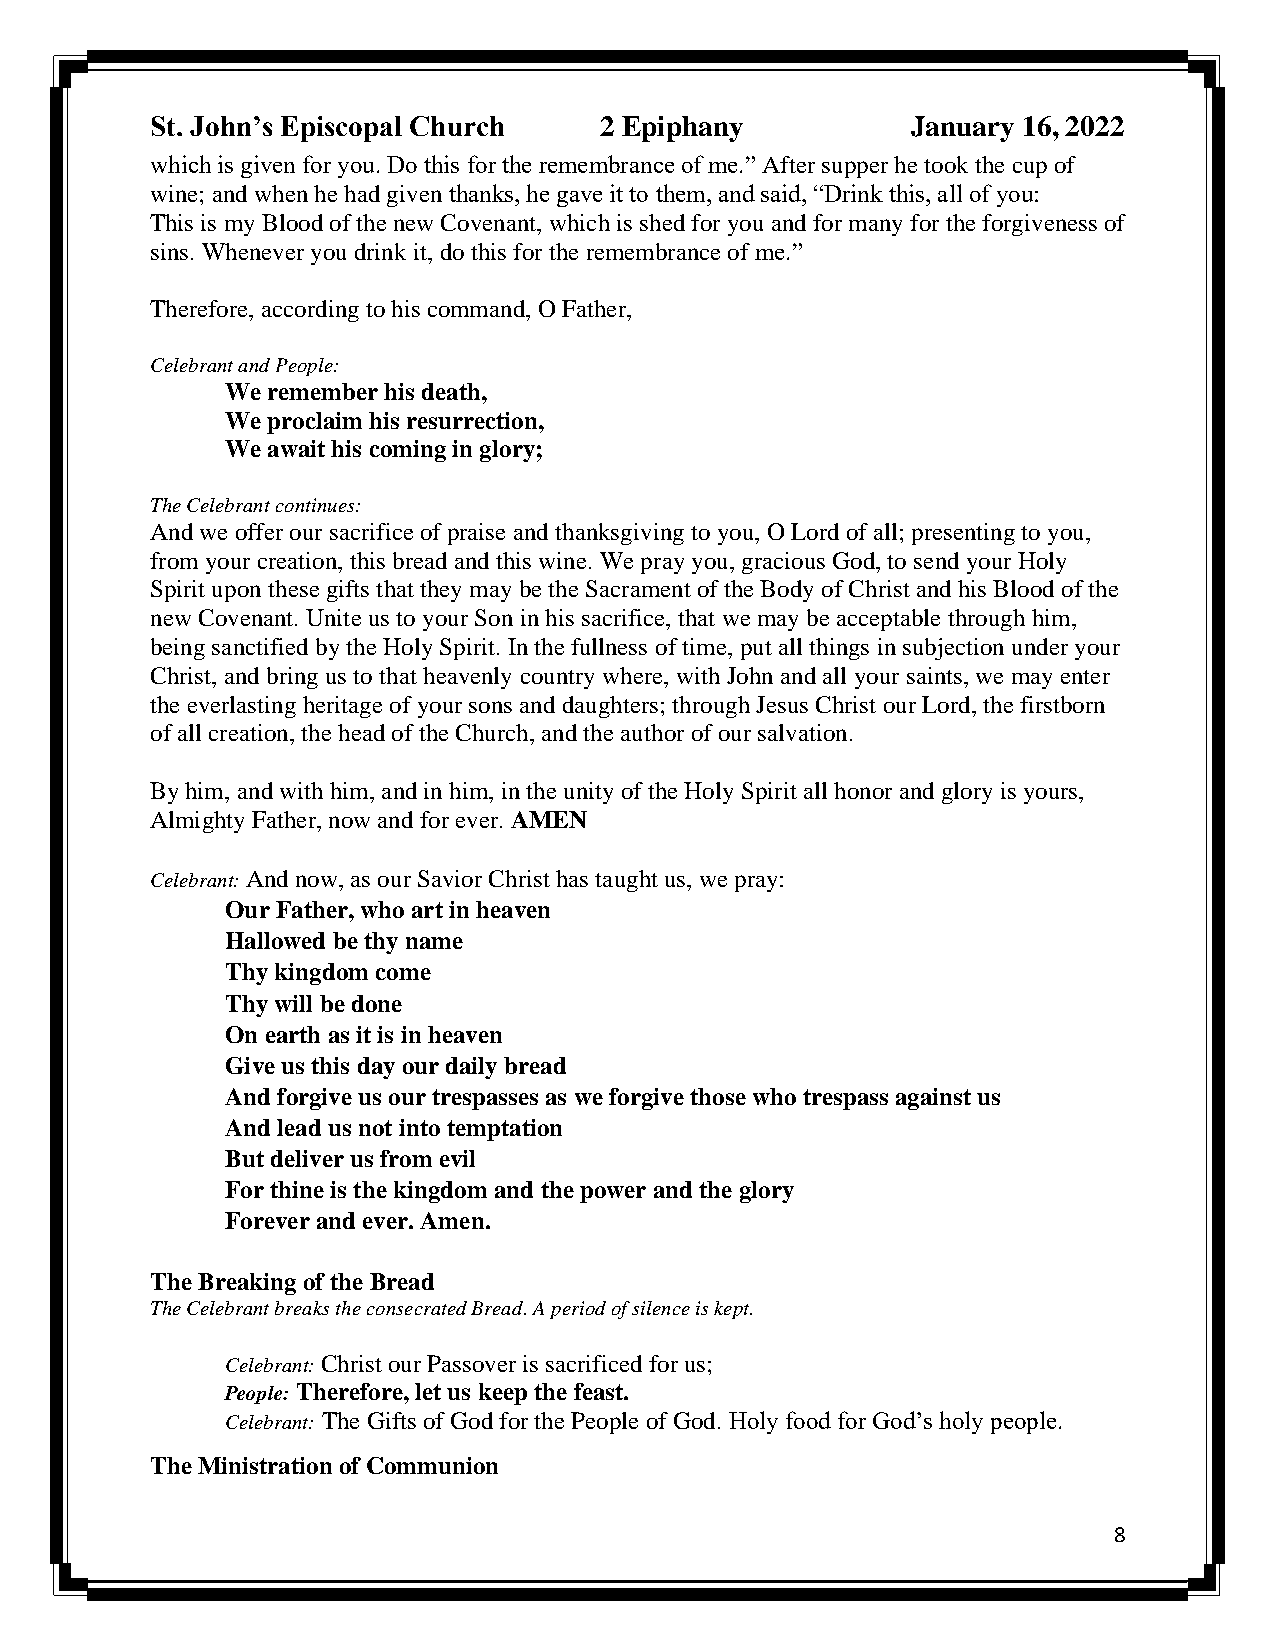
St. John’s Episcopal Church   2 Epiphany          January 16, 2022
 which is given for you. Do this for the remembrance of me.” After supper he took the cup of
 wine; and when he had given thanks, he gave it to them, and said, “Drink this, all of you:
 This is my Blood of the new Covenant, which is shed for you and for many for the forgiveness of
 sins. Whenever you drink it, do this for the remembrance of me.”
 Therefore, according to his command, O Father,
 Celebrant and People:
 We remember his death,
 We proclaim his resurrection,
 We await his coming in glory;
 The Celebrant continues:
 And we offer our sacrifice of praise and thanksgiving to you, O Lord of all; presenting to you,
 from your creation, this bread and this wine. We pray you, gracious God, to send your Holy
 Spirit upon these gifts that they may be the Sacrament of the Body of Christ and his Blood of the
 new Covenant. Unite us to your Son in his sacrifice, that we may be acceptable through him,
 being sanctified by the Holy Spirit. In the fullness of time, put all things in subjection under your
 Christ, and bring us to that heavenly country where, with John and all your saints, we may enter
 the everlasting heritage of your sons and daughters; through Jesus Christ our Lord, the firstborn
 of all creation, the head of the Church, and the author of our salvation.
 By him, and with him, and in him, in the unity of the Holy Spirit all honor and glory is yours,
 Almighty Father, now and for ever. AMEN
 Celebrant: And now, as our Savior Christ has taught us, we pray:
 Our Father, who art in heaven
 Hallowed be thy name
 Thy kingdom come
 Thy will be done
 On earth as it is in heaven
 Give us this day our daily bread
 And forgive us our trespasses as we forgive those who trespass against us
 And lead us not into temptation
 But deliver us from evil
 For thine is the kingdom and the power and the glory
 Forever and ever. Amen.
 The Breaking of the Bread
 The Celebrant breaks the consecrated Bread. A period of silence is kept.
 Celebrant: Christ our Passover is sacrificed for us;
 People: Therefore, let us keep the feast.
 Celebrant: The Gifts of God for the People of God. Holy food for God’s holy people.
 The Ministration of Communion
 8